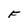
Character: F